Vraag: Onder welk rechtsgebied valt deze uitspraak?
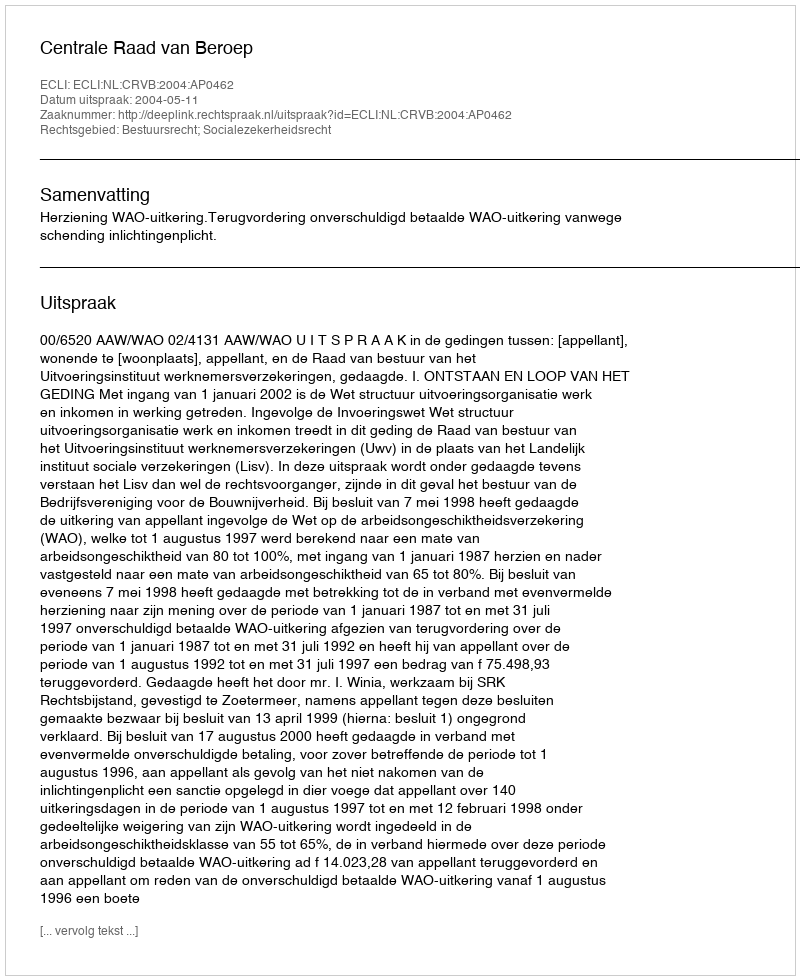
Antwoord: Bestuursrecht; Socialezekerheidsrecht